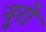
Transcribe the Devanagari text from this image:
नुरो